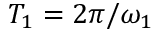
T _ { 1 } = 2 \pi / \omega _ { 1 }